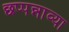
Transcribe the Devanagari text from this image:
छप्पन्नाव्या